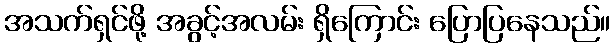
အသက်ရှင်ဖို့ အခွင့်အလမ်း ရှိကြောင်း ပြောပြနေသည်။